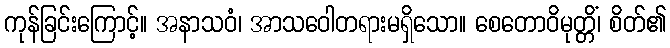
ကုန်ခြင်းကြောင့်။ အနာသဝံ၊ အာသဝေါတရားမရှိသော။ စေတောဝိမုတ္တိံ၊ စိတ်၏